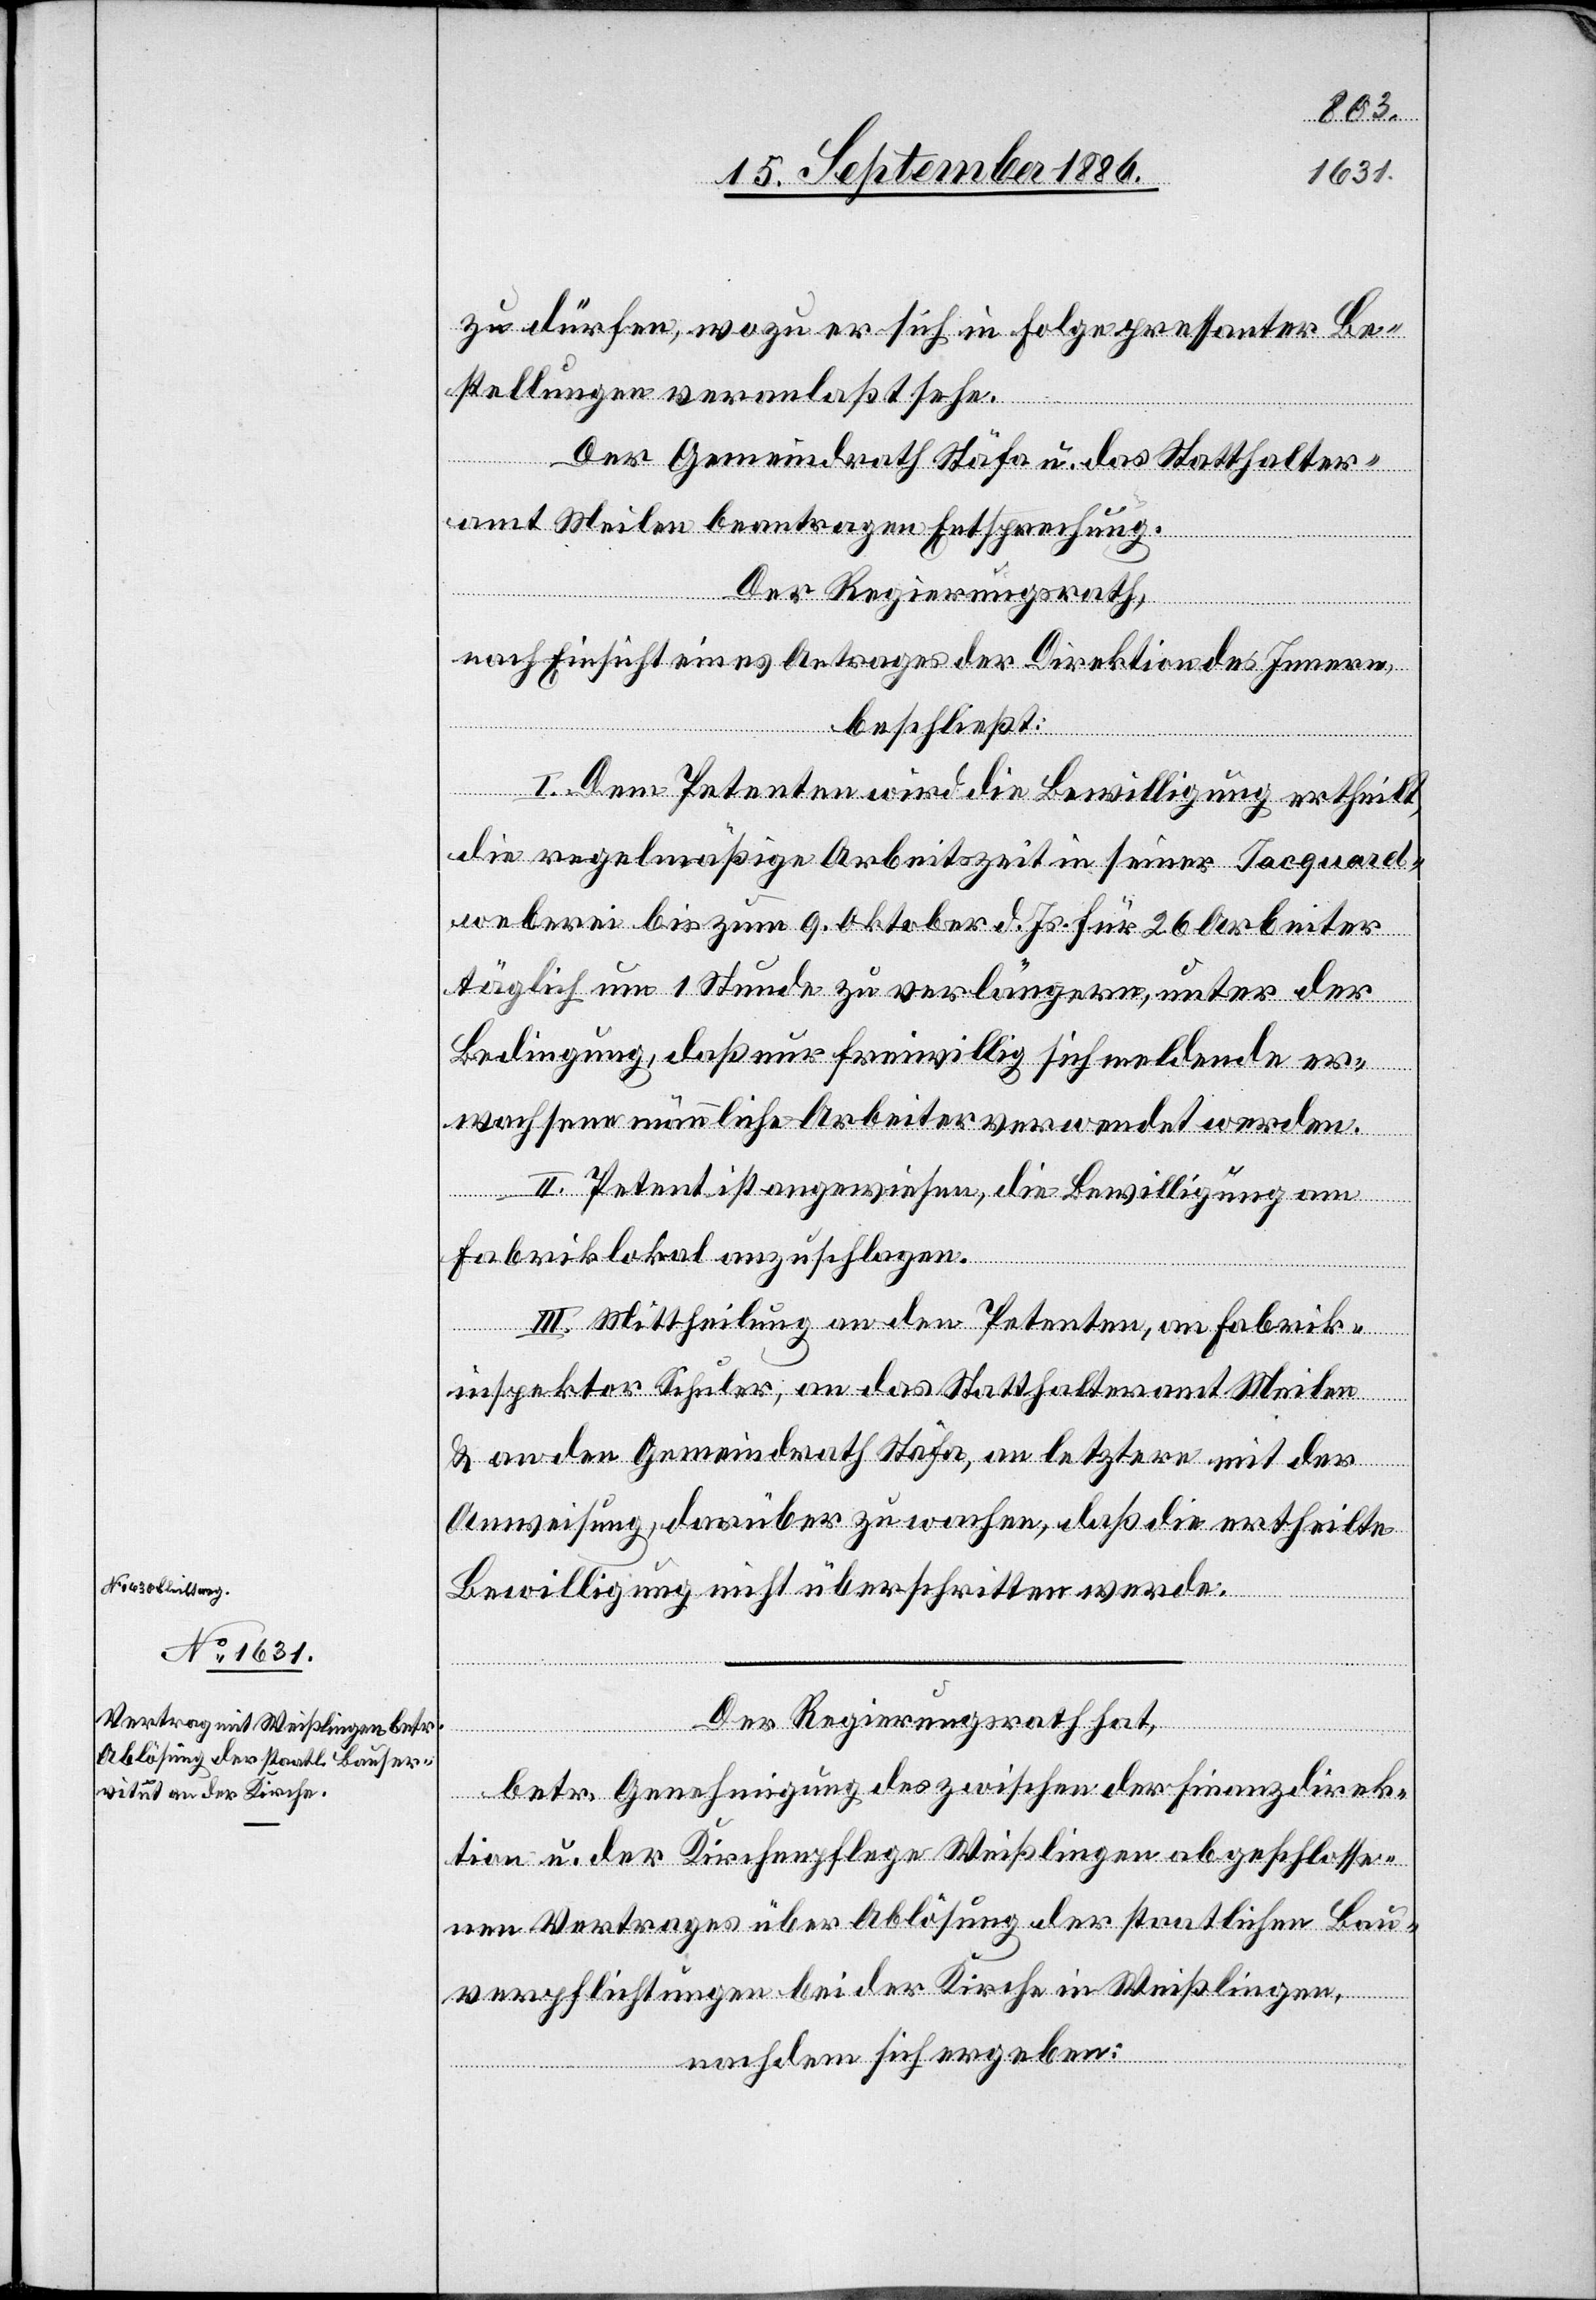
zu dürfen, wozu er sich in Folge pressanter Be¬
stellungen veranlaßt sehe.
Der Gemeindrath Stäfa u. das Statthalter¬
amt Meilen beantragen Entsprechung.
Der Regierungsrath,
nach Einsicht eines Antrages der Direktion des Innern,
beschließt:
I. Dem Petenten wird die Bewilligung ertheilt,
die regelmäßige Arbeitszeit in seiner Jacquard¬
weberei bis zum 9. Oktober d. Js. für 26 Arbeiter
täglich um 1 Stunde zu verlängern, unter der
Bedingung, daß nur freiwillig sich meldende er¬
wachsene männliche Arbeiter verwendet werden.
II. Petent ist angewiesen, die Bewilligung am
Fabriklokal anzuschlagen.
III. Mittheilung an den Petenten, an Fabrik¬
inspektor Schuler, an das Statthalteramt Meilen
& an den Gemeindrath Stäfa, an letzere mit der
Anweisung, darüber zu wachen, daß die ertheilte
Bewilligung nicht überschritten werde.
Der Regierungsrath hat,
betr. Genehmigung des zwischen der Finanzdirek¬
tion u. der Kirchenpflege Weißlingen abgeschlosse¬
nen Vertrages über Ablösung der staatlichen Bau¬
verpflichtungen bei der Kirche in Weißlingen,
nachdem sich ergeben: